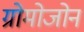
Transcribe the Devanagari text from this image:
ग्रोमोजोन